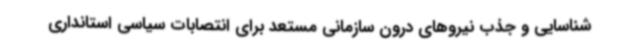
شناسایی و جذب نیروهای درون سازمانی مستعد برای انتصابات سیاسی استانداری